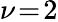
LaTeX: \nu\! =\! 2